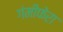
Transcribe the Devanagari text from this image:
गंमीफेरा